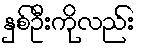
နှစ်ဦးကိုလည်း